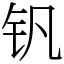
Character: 钒